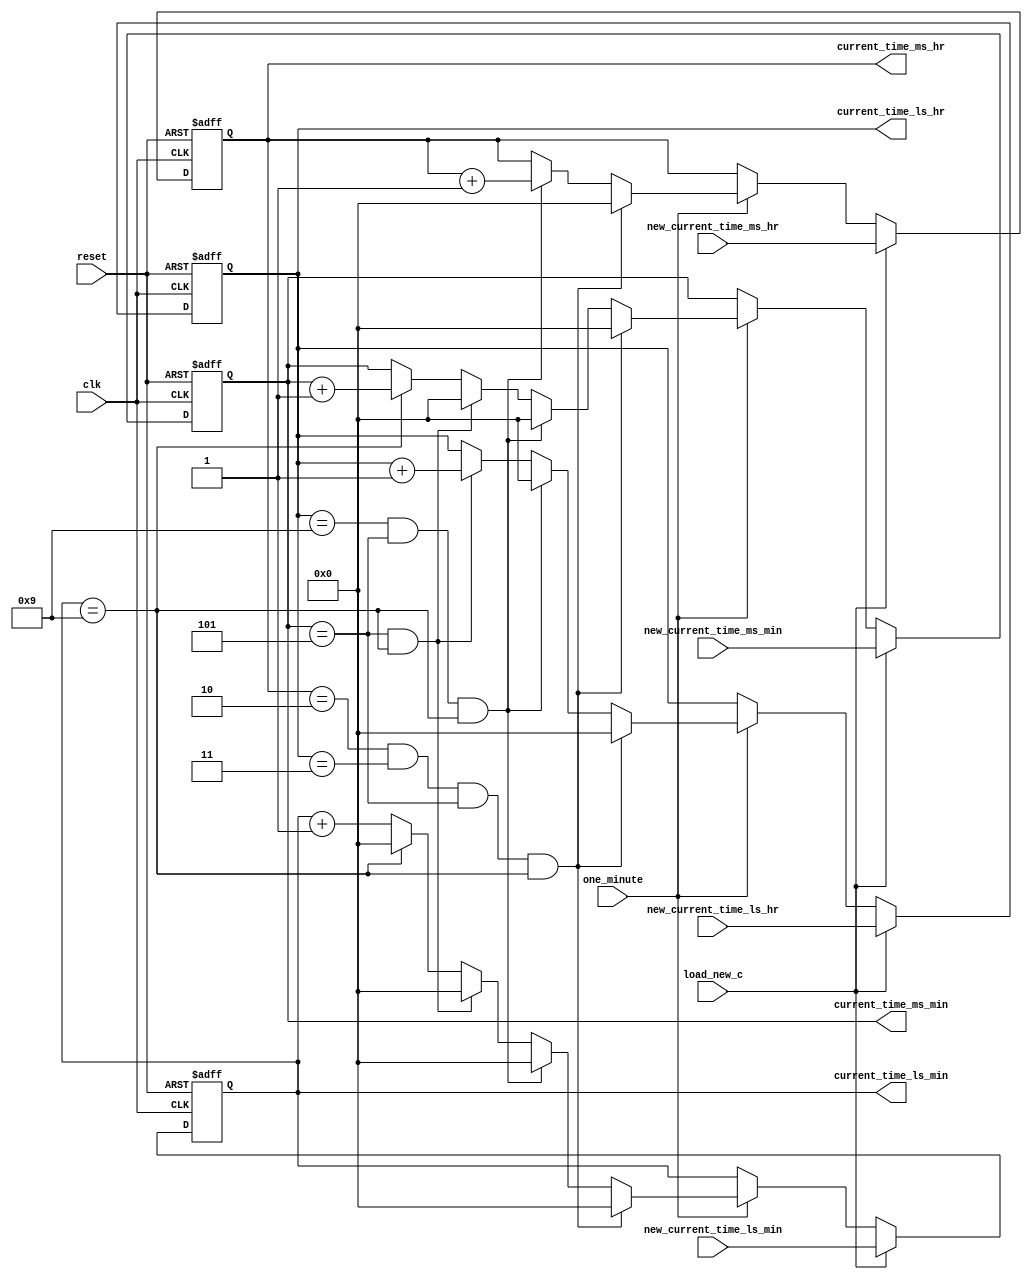
`timescale 1ns / 1ps
//////////////////////////////////////////////////////////////////////////////////
// Company: 
// Engineer: 
// 
// Design Name: 
// Module Name: counter_alarm
// Project Name: 
// Target Devices: 
// Tool Versions: 
// Description: 
// 
// Dependencies: 
// 
// Revision:
// Revision 0.01 - File Created
// Additional Comments:
// 
//////////////////////////////////////////////////////////////////////////////////


module counter_alarm(
input clk,reset,one_minute,load_new_c,
input [3:0] new_current_time_ms_hr,new_current_time_ms_min,new_current_time_ls_hr,new_current_time_ls_min,
output reg [3:0]current_time_ms_hr,current_time_ms_min,current_time_ls_hr,current_time_ls_min
);
always@(posedge clk or posedge reset)
begin
if(reset)
begin
current_time_ms_hr<=0;
current_time_ms_min<=0;
current_time_ls_hr<=0;
current_time_ls_min<=0;

end
else if(load_new_c)
begin
current_time_ms_hr<=new_current_time_ms_hr;
current_time_ms_min<=new_current_time_ms_min;
current_time_ls_hr<=new_current_time_ls_hr;
current_time_ls_min<=new_current_time_ls_min;

end
else if(one_minute)
begin
if(current_time_ms_hr==4'd2 && current_time_ls_hr==4'd3 && current_time_ms_min==4'd5 && current_time_ls_min==4'd9)
begin
current_time_ms_hr<=0;
current_time_ms_min<=0;
current_time_ls_hr<=0;
current_time_ls_min<=0;
end
else if(current_time_ls_hr==4'd9 && current_time_ms_min==4'd5 && current_time_ls_min==4'd9)
begin
current_time_ms_hr<=current_time_ms_hr+1;
current_time_ms_min<=0;
current_time_ls_hr<=0;
current_time_ls_min<=0;
end
else if(current_time_ms_min==4'd5 && current_time_ls_min==4'd9)
begin
current_time_ms_min<=0;
current_time_ls_hr<=current_time_ls_hr+1;
current_time_ls_min<=0;
end
else if(current_time_ls_min==4'd9)
begin
current_time_ms_min<=current_time_ms_min+1;
current_time_ls_min<=0;
end
else
current_time_ls_min<=current_time_ls_min+1;
end
end
endmodule